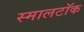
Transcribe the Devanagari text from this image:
स्मालटॉक